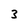
Character: 3